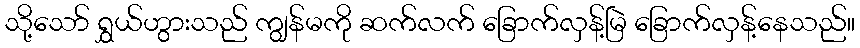
သို့သော် ရွှယ်ဟွားသည် ကျွန်မကို ဆက်လက် ခြောက်လှန့်မြဲ ခြောက်လှန့်နေသည်။